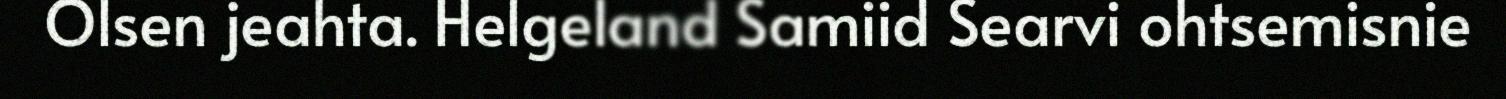
Olsen jeahta. Helgeland Samiid Searvi ohtsemisnie